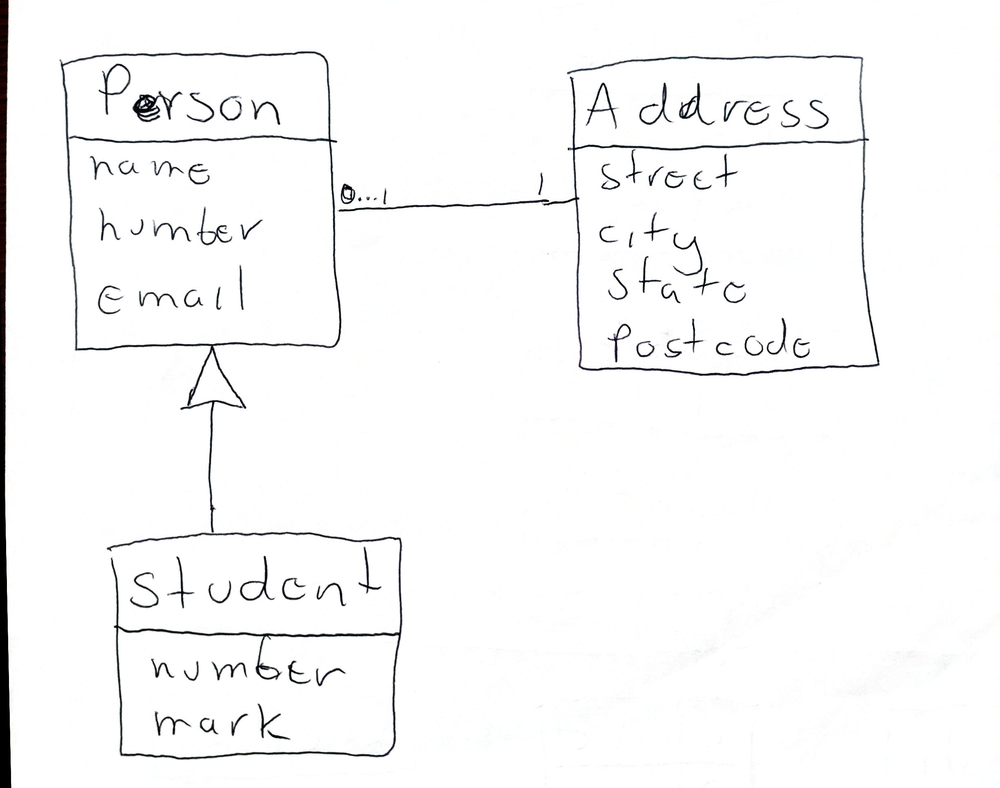
Diagram type: class_diagram
```plantuml
@startuml

class Person {
  name
  number
  email
}

class Student extends Person {
  number
  mark
}

class Address {
  street
  city
  state
  postcode
}

Person "0...1" -- "1" Address

@enduml
```